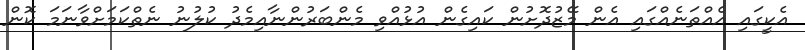
އެކީގައި އެއްތަނެއްގައި އެން މޭޒުދޮށުން ކައިގެން އުޅުއްވި މެންބަރުންނާއިމެދު ކުލުނު ނެތްކަމަށްވާނަމަ ކޮން